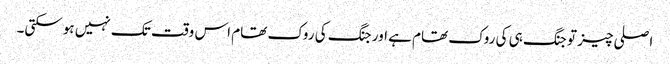
اصلی چیز تو جنگ ہی کی روک تھام ہے اور جنگ کی روک تھام اس وقت تک نہیں ہوسکتی۔